Scientific memoirs by medical officers of the Army of India - Part III,
Year: 1887
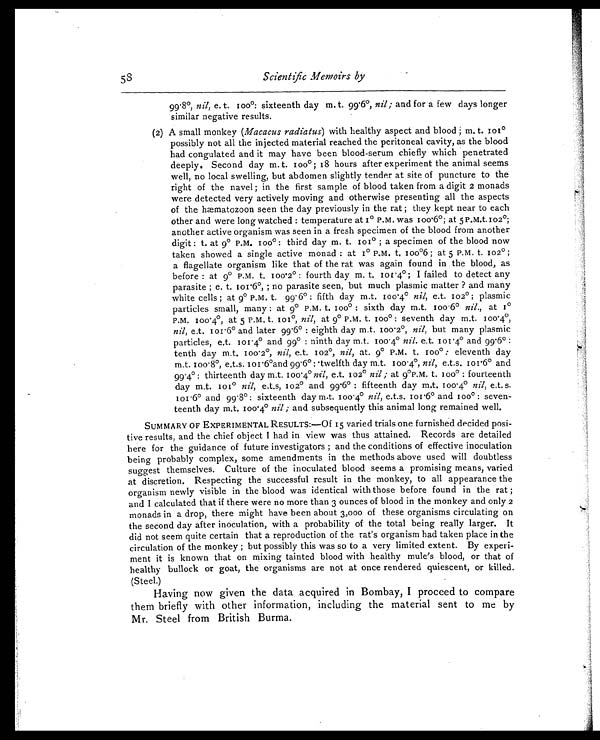
99.8°, nil, e. t. 100°: sixteenth day m. t. 99.6°, nil; and for a few days longer
similar negative results.
(2) A small monkey (Macacus radiatus) with healthy aspect and blood m. t. 101°p
ossibly not all the injected material reached the peritoneal cavity, as the blood
had congulated and it may have been blood-serum chiefly which penetrated
deeply. Second day m. t. 100°; 18 hours after experiment the animal seems
well, no local swelling, but abdomen slightly tender at site of puncture to the
right of the navel; in the first sample of blood taken from a digit 2 monads
were detected very actively moving and otherwise presenting all the aspects
of the hæmatozoon seen the day previously in the rat; they kept near to each
other and were long watched: temperature at 1° P.M. was 100.6°; at 5 P .M.t.102°;
another active organism was seen in a fresh specimen of the blood from another
digit : t. at 9° P.M. 100° : third day m. t. 101°; a specimen of the blood now
taken showed a single active monad : at 1° P.M. t. 100°6; at 5 P.M. t. 102°;
a flagellate organism like that of the rat was again found in the blood, as
before: at 9° P.M. t. 100.2°: fourth day m. t.101.4°; I failed to detect any
parasite ; e. t. 101.6°,; no parasite seen, but much plasmic matter? and many
white cells; at 9° P.M. t. 99 . 6°: fifth day m.t. 100 . 4° nil, e.t. 102°; plasmic
particles small, many: at 9° P.M. t. 100°: sixth day m.t. 100.6° nil., at 1°P
.M. 100.4°, at 5 P.M. t.
101°, nil, at 9° P.M. t.
100°: seventh day m.t.
100.4°,
n i l ,
e . t . 1 0 1 . 6° a n d l a t e r 9 9 . 6°: e i g h t h d a y m . t . 1 0 0 . 2°,n
i l ,
b u t m a n y p l a s m i c
particles, e.t.
101.4° and 99°: ninth day m.t. 100.4° nil. e.t. 101.4° and 99.6°:
tenth day m.t. 100 . 2°, nil, e.t. 102°, nil, at. 9° P.M. t. 100°: eleventh day
m.t. 100.8°, e.t.s. 101.6°and 99.6°: twelfth day m.t. 100.4°, nil, e.t.s. 101.6° and
99.4°: thirteenth day m.t. e.t. 102° nil; at 9°P.M. t. 100°: fourteenth
day m.t. 101° nil, e.t.s, 102° and 99.6°: fifteenth day m.t. 100.4° nil, e.t. s.
101.6° and 99.8°: sixteenth day m.t. 100.4° nil, e.t.s. 101.6° and 100°: seven-
teenth day m.t. 100.4° nil; and subsequently this animal long remained well.
SUMMARY OF EXPERIMENTAL RESULTS:—Of 15 varied trials one furnished decided posi-
tive results, and the chief object I had in view was thus attained. Records are detailed
here for the guidance of future investigators; and the conditions of effective inoculation
being probably complex, some amendments in the methods above used will doubtless
suggest themselves. Culture of the inoculated blood seems a promising means, varied
at discretion. Respecting the successful result in the monkey, to all appearance the
organism newly visible in the blood was identical with those before found in the rat;
and I calculated that if there were no more than 3 ounces of blood in the monkey and only 2
monads in a drop, there might have been about 3,000 of these organisms circulating on
the second day after inoculation, with a probability of the total being really larger. It
did not seem quite certain that a reproduction of the rat's organism had taken place in the
circulation of the monkey; but possibly this was so to a very limited extent. By experi-
ment it is known that on mixing tainted blood with healthy mule's blood, or that of
healthy bullock or goat, the organisms are not at once rendered quiescent, or killed.
(Steel.)
Having now given the data acquired in Bombay, I proceed to compare
them briefly with other information, including the material sent to me by
Mr. Steel from British Burma.